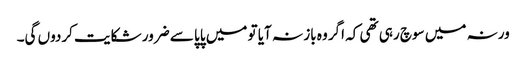
ورنہ میں سوچ رہی تھی کہ اگر وہ باز نہ آیا تو میں پاپا سے ضرور شکایت کردوں گی۔